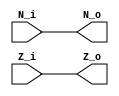
`timescale 10 ns / 10 ns
module FLAGS
(
	N_i,
	Z_i,

	N_o,
	Z_o
);
input wire N_i;
input wire Z_i;

output reg N_o;
output reg Z_o;

initial
begin
	N_o = 1'b0;
	Z_o = 1'b0;
end

always @(N_i or Z_i)
begin
	N_o = N_i;
	Z_o = Z_i;
end
endmodule